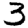
Digit: 3